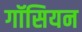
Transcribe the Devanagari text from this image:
गॉसियन